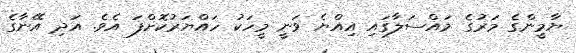
ޔާމީންގެ މަރުގެ މައްސަލާގައި އިއްޔެ ވަނީ މީހަކު ހައްޔަރުކޮށްފަ އެވެ. އަދި އޭނާގެ